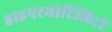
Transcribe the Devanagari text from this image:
हाइपरमोटिलिटी